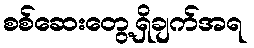
စစ်ဆေးတွေ့ရှိချက်အရ